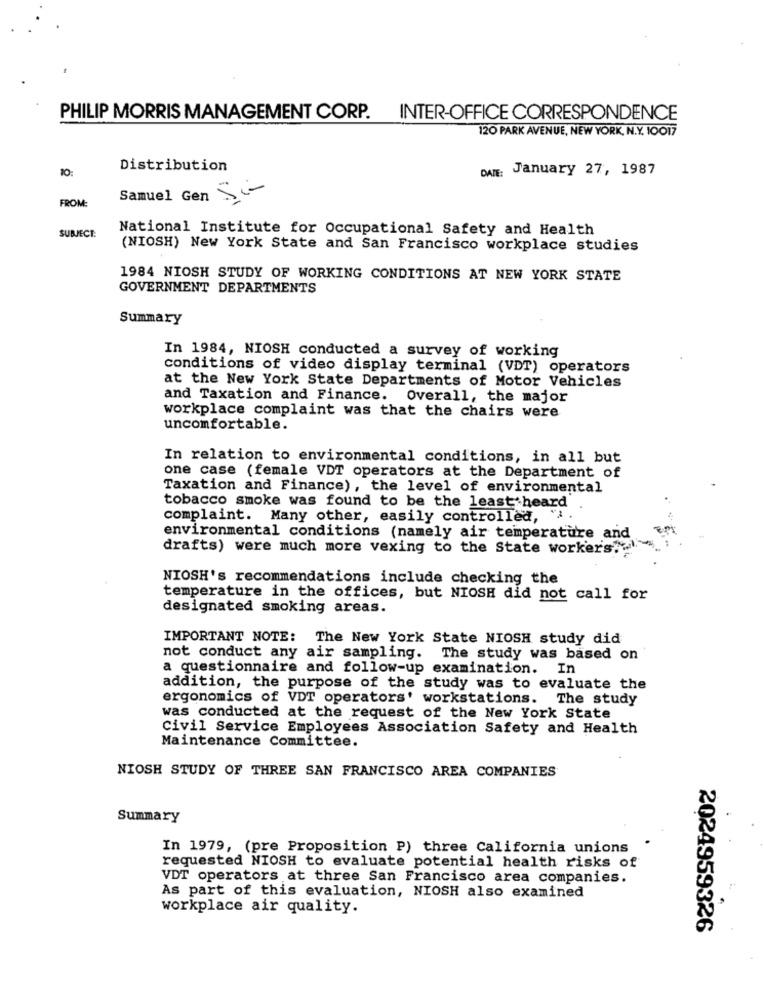
PHILIP MORRIS MANAGEMENT CORP. INTER-OFFICE CORRESPONDENCE
120 PARK AVENUE, NEW YORK, N.Y. 10017
10:
Distribution
DATE:
January 27, 1987
Si
FROM:
Samuel Gen
National Institute for Occupational Safety and Health
SUBJECT:
(NIOSH) New York State and San Francisco workplace studies
1984 NIOSH STUDY OF WORKING CONDITIONS AT NEW YORK STATE
GOVERNMENT DEPARTMENTS
Summary
In 1984, NIOSH conducted a survey of working
conditions of video display terminal (VDT) operators
at the New York State Departments of Motor Vehicles
and Taxation and Finance.
Overall, the major
workplace complaint was that the chairs were
uncomfortable.
In relation to environmental conditions, in all but
one case (female VDT operators at the Department of
Taxation and Finance), the level of environmental
tobacco smoke was found to be the least heard
complaint. Many other, easily controlled, "
environmental conditions (namely air temperature and
drafts) were much more vexing to the State workers,w
NIOSH's recommendations include checking the
temperature in the offices, but NIOSH did not call for
designated smoking areas.
IMPORTANT NOTE: The New York State NIOSH study did
not conduct any air sampling. The study was based on
a questionnaire and follow-up examination. In
addition, the purpose of the study was to evaluate the
ergonomics of VDT operators' workstations. The study
was conducted at the request of the New York State
Civil Service Employees Association Safety and Health
Maintenance Committee.
NIOSH STUDY OF THREE SAN FRANCISCO AREA COMPANIES
Summary
In 1979, (pre Proposition P) three California unions
requested NIOSH to evaluate potential health risks of
VDT operators at three San Francisco area companies.
As part of this evaluation, NIOSH also examined
workplace air quality.
2024959326